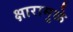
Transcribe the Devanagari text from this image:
क्षारामुळे